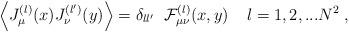
LaTeX: \begin{align*}\Big\langle J_\mu^{(l)}(x) J_\nu^{(l^\prime)}(y)\Big\rangle =\delta_{l l^\prime} \;\; {\cal F}_{\mu \nu}^{(l)} (x,y)\;\;\;\; l = 1,2,...N^2 \; ,\end{align*}